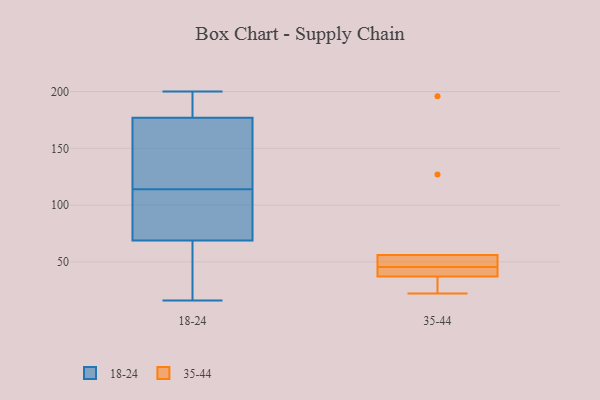
{"axis": {"x": "Revenue (USD Million)", "y": "Value"}, "legend": ["18-24", "35-44"], "data": [{"x": "", "y": 71, "type": "18-24"}, {"x": "", "y": 198, "type": "18-24"}, {"x": "", "y": 138, "type": "18-24"}, {"x": "", "y": 114, "type": "18-24"}, {"x": "", "y": 190, "type": "18-24"}, {"x": "", "y": 68, "type": "18-24"}, {"x": "", "y": 117, "type": "18-24"}, {"x": "", "y": 16, "type": "18-24"}, {"x": "", "y": 200, "type": "18-24"}, {"x": "", "y": 100, "type": "18-24"}, {"x": "", "y": 27, "type": "18-24"}, {"x": "", "y": 56, "type": "35-44"}, {"x": "", "y": 22, "type": "35-44"}, {"x": "", "y": 196, "type": "35-44"}, {"x": "", "y": 38, "type": "35-44"}, {"x": "", "y": 127, "type": "35-44"}, {"x": "", "y": 54, "type": "35-44"}, {"x": "", "y": 37, "type": "35-44"}, {"x": "", "y": 39, "type": "35-44"}, {"x": "", "y": 24, "type": "35-44"}, {"x": "", "y": 52, "type": "35-44"}]}